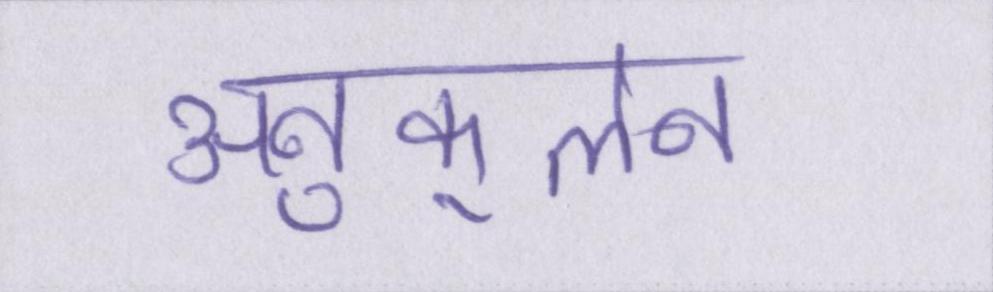
अनुकूलन